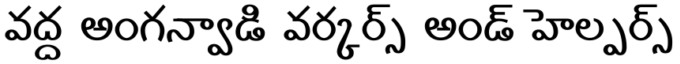
వద్ద అంగన్వాడి వర్కర్స్ అండ్ హెల్పర్స్